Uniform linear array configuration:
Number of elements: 8
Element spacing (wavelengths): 1
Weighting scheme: cosine
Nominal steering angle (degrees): -60
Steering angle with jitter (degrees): -59.455
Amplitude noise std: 0.05
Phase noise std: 0.05

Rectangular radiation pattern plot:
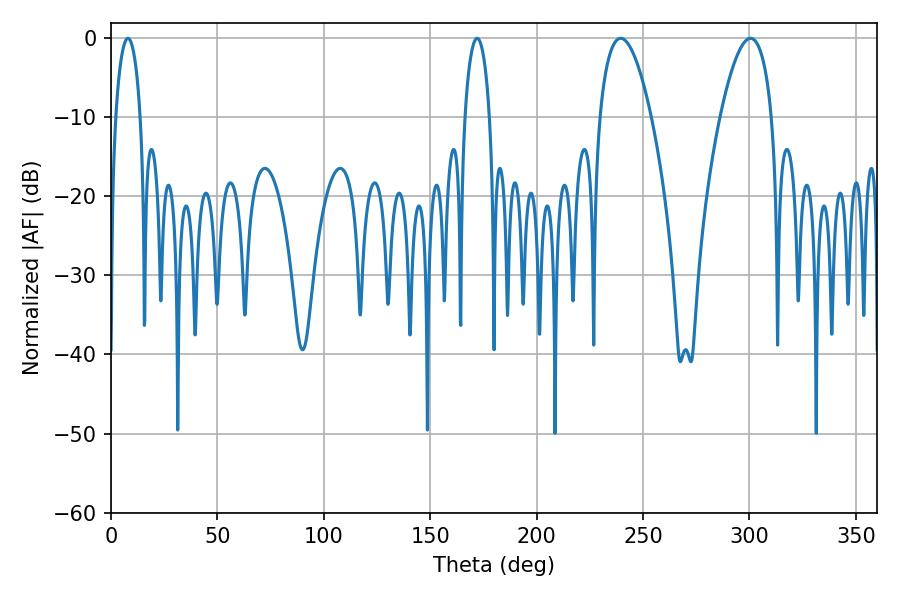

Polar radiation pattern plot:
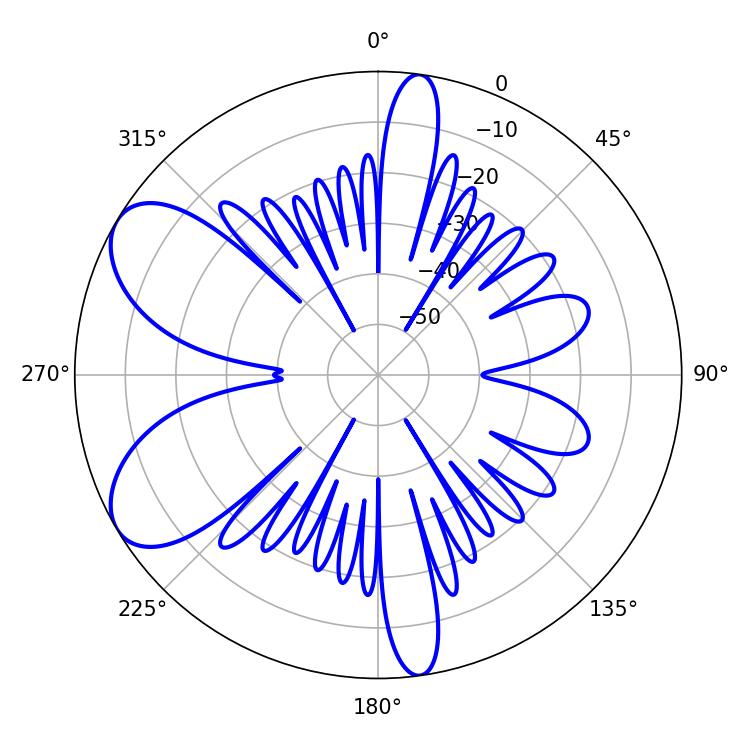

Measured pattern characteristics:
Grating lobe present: TRUE
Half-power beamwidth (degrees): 6.66
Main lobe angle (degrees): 7.92